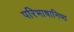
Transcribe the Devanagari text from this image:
परिभाषानिष्ठ